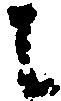
に